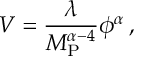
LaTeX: V = \frac { \lambda } { M _ { \mathrm { P } } ^ { \alpha - 4 } } \phi ^ { \alpha } \, ,